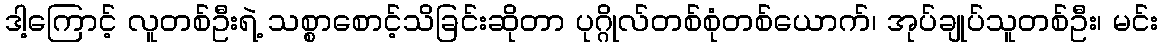
ဒါ့ကြောင့် လူတစ်ဦးရဲ့ သစ္စာစောင့်သိခြင်းဆိုတာ ပုဂ္ဂိုလ်တစ်စုံတစ်ယောက်၊ အုပ်ချုပ်သူတစ်ဦး၊ မင်း